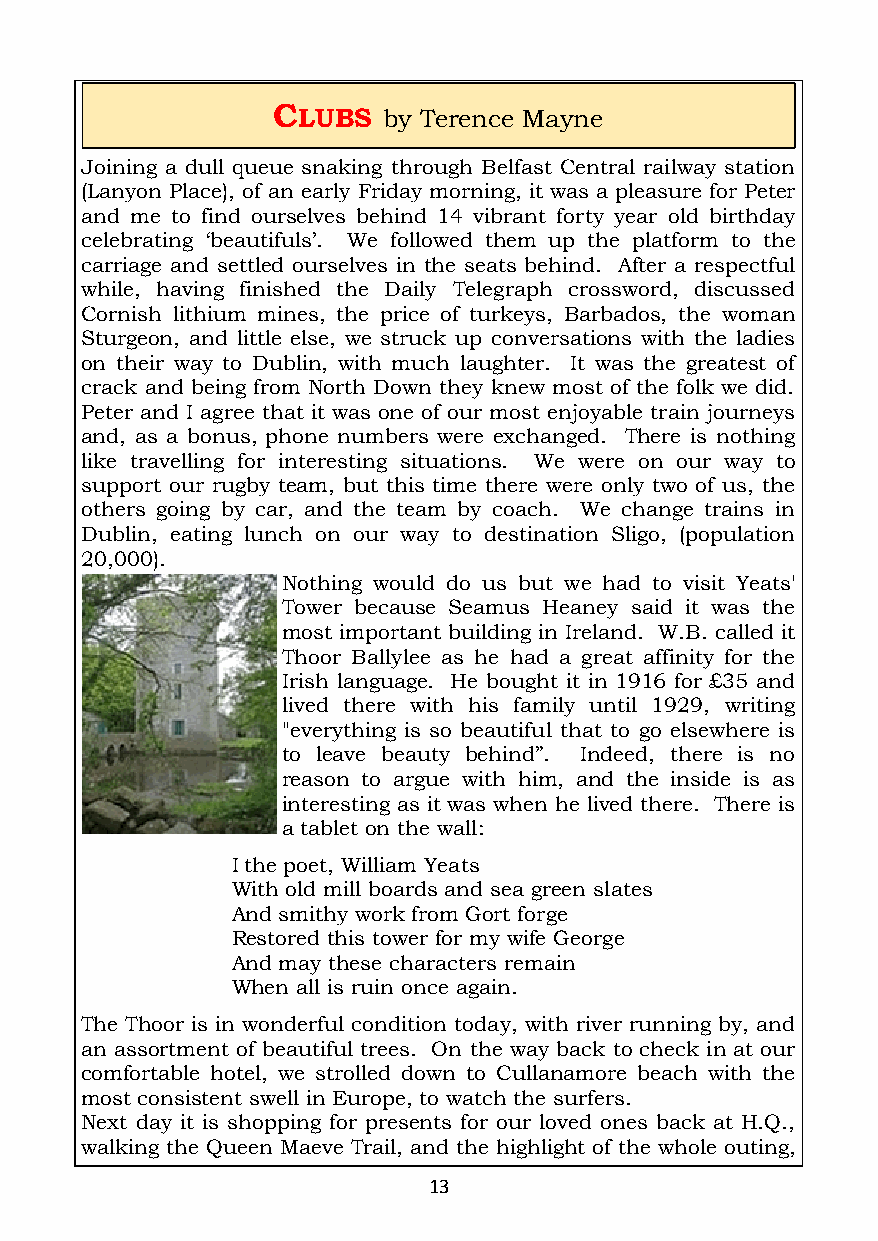
CLUBS
 by Terence Mayne
 Joining a dull queue snaking through Belfast Central railway station
 (Lanyon Place), of an early Friday morning, it was a pleasure for Peter
 and me to find ourselves behind 14 vibrant forty year old birthday
 celebrating ‘beautifuls’. We followed them up the platform to the
 carriage and settled ourselves in the seats behind. After a respectful
 while, having finished the Daily Telegraph crossword, discussed
 Cornish lithium mines, the price of turkeys, Barbados, the woman
 Sturgeon, and little else, we struck up conversations with the ladies
 on their way to Dublin, with much laughter. It was the greatest of
 crack and being from North Down they knew most of the folk we did.
 Peter and I agree that it was one of our most enjoyable train journeys
 and, as a bonus, phone numbers were exchanged. There is nothing
 like travelling for interesting situations. We were on our way to
 support our rugby team, but this time there were only two of us, the
 others going by car, and the team by coach. We change trains in
 Dublin, eating lunch on our way to destination Sligo, (population
 20,000).
 Nothing would do us but we had to visit Yeats'
 Tower because Seamus Heaney said it was the
 most important building in Ireland. W.B. called it
 Thoor Ballylee as he had a great affinity for the
 Irish language. He bought it in 1916 for £35 and
 lived there with his family until 1929, writing
 "everything is so beautiful that to go elsewhere is
 to leave beauty behind”. Indeed, there is no
 reason to argue with him, and the inside is as
 interesting as it was when he lived there. There is
 a tablet on the wall:
 I the poet, William Yeats
 With old mill boards and sea green slates
 And smithy work from Gort forge
 Restored this tower for my wife George
 And may these characters remain
 When all is ruin once again.
 The Thoor is in wonderful condition today, with river running by, and
 an assortment of beautiful trees. On the way back to check in at our
 comfortable hotel, we strolled down to Cullanamore beach with the
 most consistent swell in Europe, to watch the surfers.
 Next day it is shopping for presents for our loved ones back at H.Q.,
 walking the Queen Maeve Trail, and the highlight of the whole outing,
 13